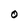
Character: O